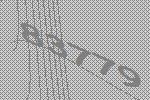
83779